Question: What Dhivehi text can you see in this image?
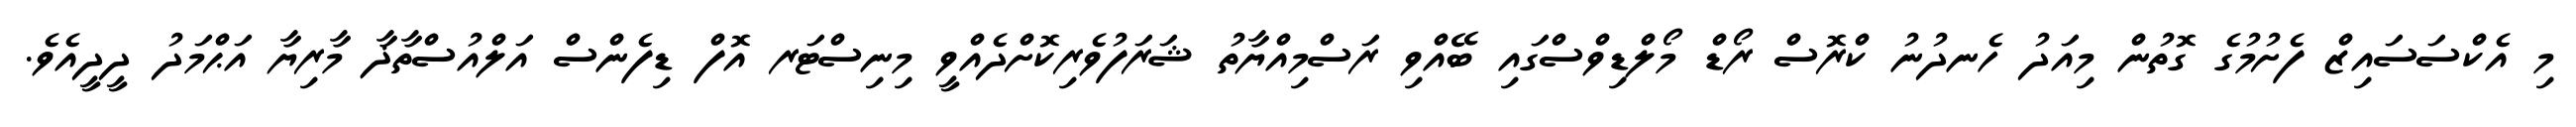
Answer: މި އެކްސަސައިޒް ފެށުމުގެ ގޮތުން މިއަދު ހެނދުނު ކްރޮސް ރޯޑް މޯލްޑިވްސްގައި ބޭއްވި ރަސްމިއްޔާތު ޝަރަފުވެރިކޮށްދެއްވީ މިނިސްޓަރ އޮފް ޑިފެންސް އަލްއުސްތާޛާ މާރިޔާ އަޙްމަދު ދީދީއެވެ.